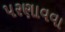
પરણાવવા